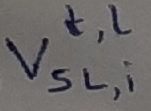
Text: t,l Vsl,i